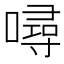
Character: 噚